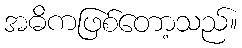
အဓိကဖြစ်တော့သည်။